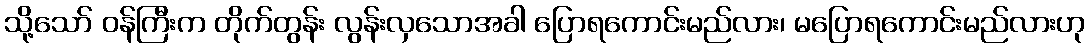
သို့သော် ဝန်ကြီးက တိုက်တွန်း လွန်းလှသောအခါ ပြောရကောင်းမည်လား၊ မပြောရကောင်းမည်လားဟု